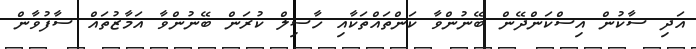
އަދި ސާކުން އިސްކަންދޭން ބޭނުންވާ ކަންތައްތަކާއި ހާސިލް ކުރަން ބޭނުންވާ އަމާޒުތައް ސާފުވާން